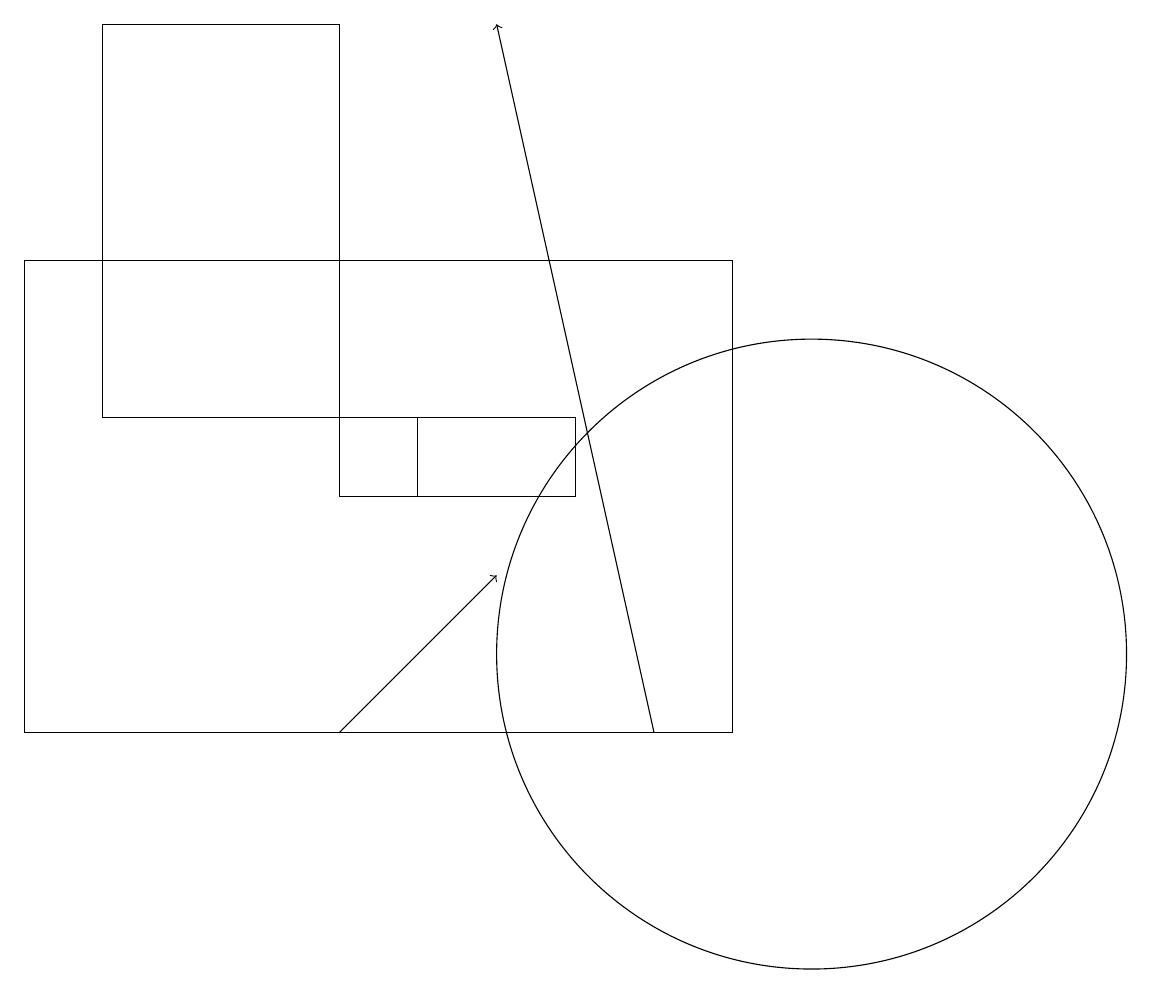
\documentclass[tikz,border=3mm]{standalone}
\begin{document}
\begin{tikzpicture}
\draw (10,10) circle (0);
\draw[->] (4,10) -- (6,12);
\draw (4,14) rectangle (1,19);
\draw[->] (8,10) -- (6,19);
\draw (5,13) rectangle (4,14);
\draw (9,10) rectangle (0,16);
\draw (7,13) rectangle (4,14);
\draw (10,11) circle (4);
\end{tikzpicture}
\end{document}